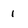
Character: 1